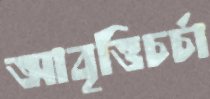
আবৃত্তিচর্চা